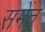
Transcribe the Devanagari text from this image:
समेंत